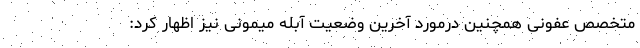
متخصص عفونی همچنین درمورد آخرین وضعیت آبله میمونی نیز اظهار کرد: